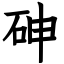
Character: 砷